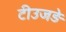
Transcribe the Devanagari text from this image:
टीउजड़े